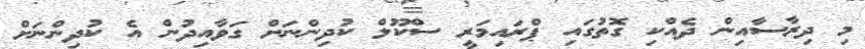
މި ދިރާސާއިން ދެއްކި ގޮތުގައި ޕްރައިމަރީ ސްކޫލް ކުދިންނަށް ގަވާއިދުން އެ ކުދިންނަށް